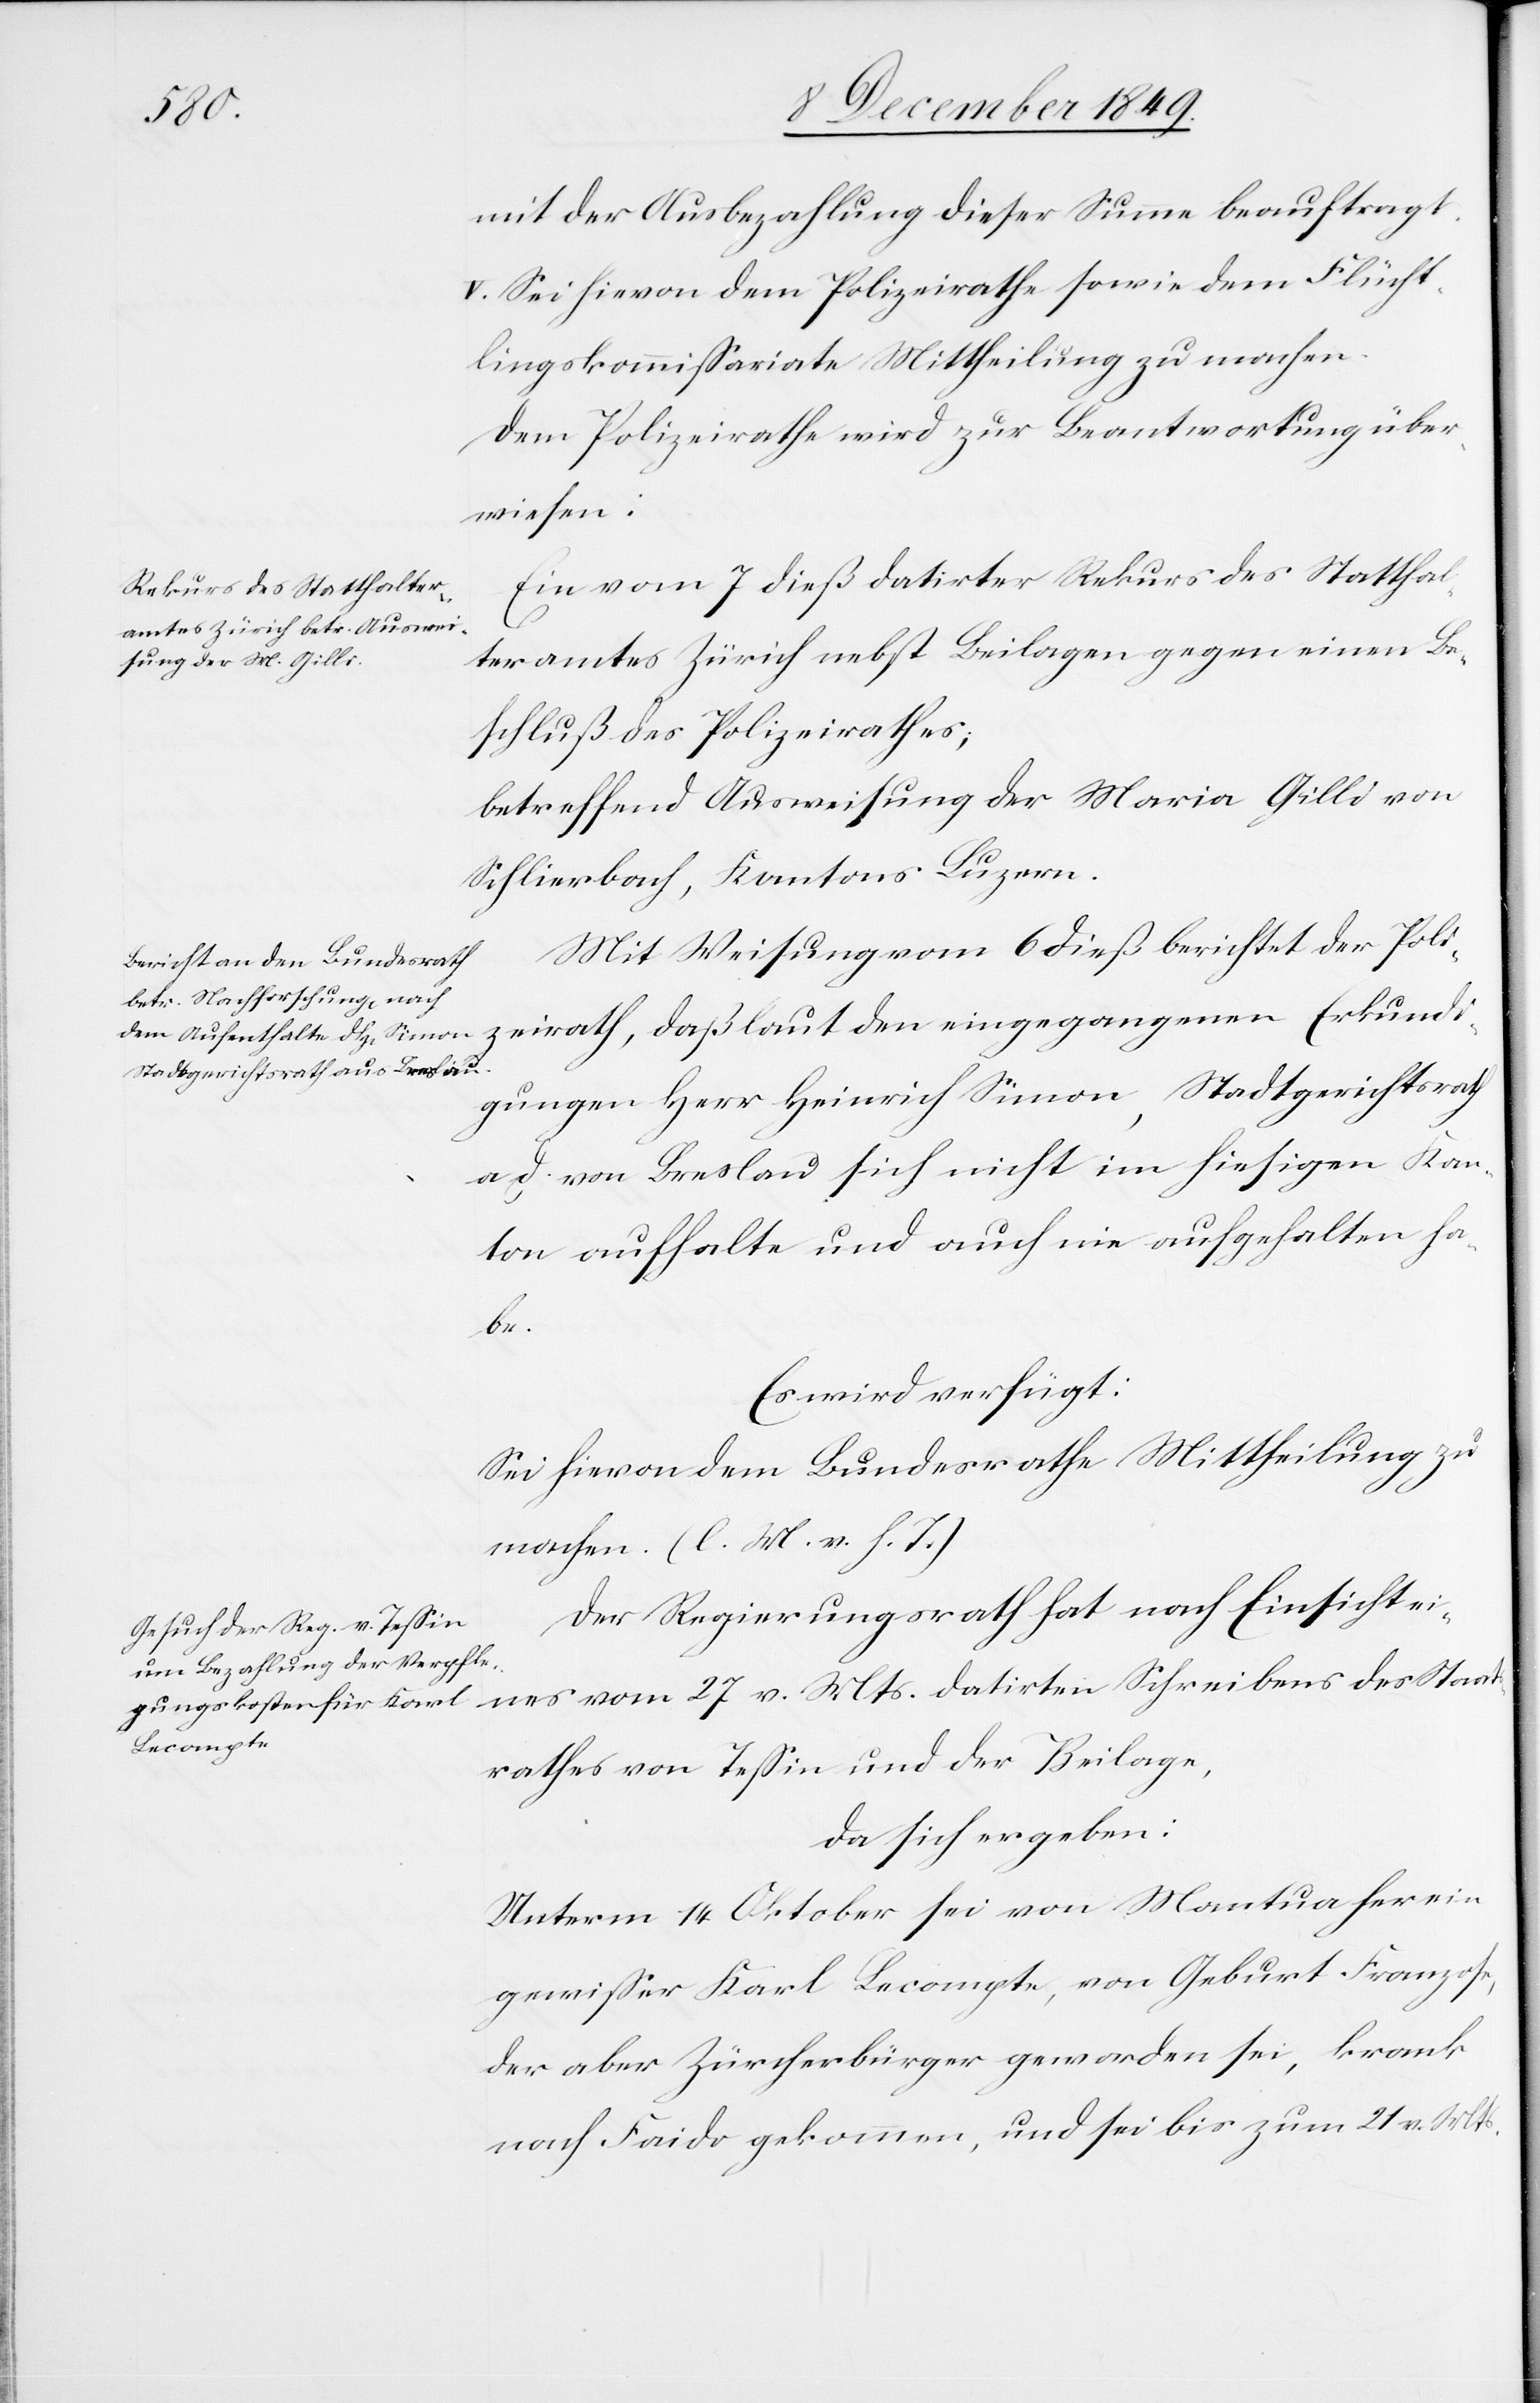
mit der Ausbezahlung dieser Summe beauftragt.
V. Sei hievon dem Polizeirathe sowie dem Flücht¬
lingskommißariate Mittheilung zu machen.
Dem Polizeirathe wird zur Beantwortung über¬
wiesen:
Ein vom 7 dieß datirter Rekurs des Statthal¬
teramtes Zürich nebst Beilagen gegen einen Be¬
schluß des Polizeirathes;
betreffend Ausweisung der Maria Gilli von
Schlierbach, Kantons Luzern.
Mit Weisung vom 6 dieß berichtet der Poli¬
zeirath, daß laut den eingegangenen Erkundi¬
gungen Herr Heinrich Simon, Stadtgerichtsrath
ad. von Breslau sich nicht im hiesigen Kan¬
ton aufhalte und auch nie aufgehalten ha¬
be.
Es wird verfügt:
Sei hievon dem Bundesrathe Mittheilung zu
machen. [l. M. v. h. T]
Der Regierungsrath hat nach Einsicht ei¬
nes vom 27 v. Mts. datirten Schreibens des Staats¬
rathes von Teßin und der Beilage,
da sich ergeben:
Unterm 14 Oktober sei von Mantua her ein
gewißer Karl Lecompte, von Geburt Franzose,
der aber Zürcherbürger geworden sei, krank
nach Faido gekommen, und sei bis zum 21 v. Mts.